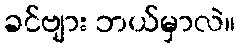
ခင်ဗျား ဘယ်မှာလဲ။